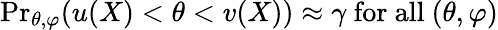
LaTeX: {\operatorname*{Pr}}_{\theta,\varphi}(u(X)<\theta<v(X))\approx\gamma{\mathrm{~for~all~}}(\theta,\varphi)